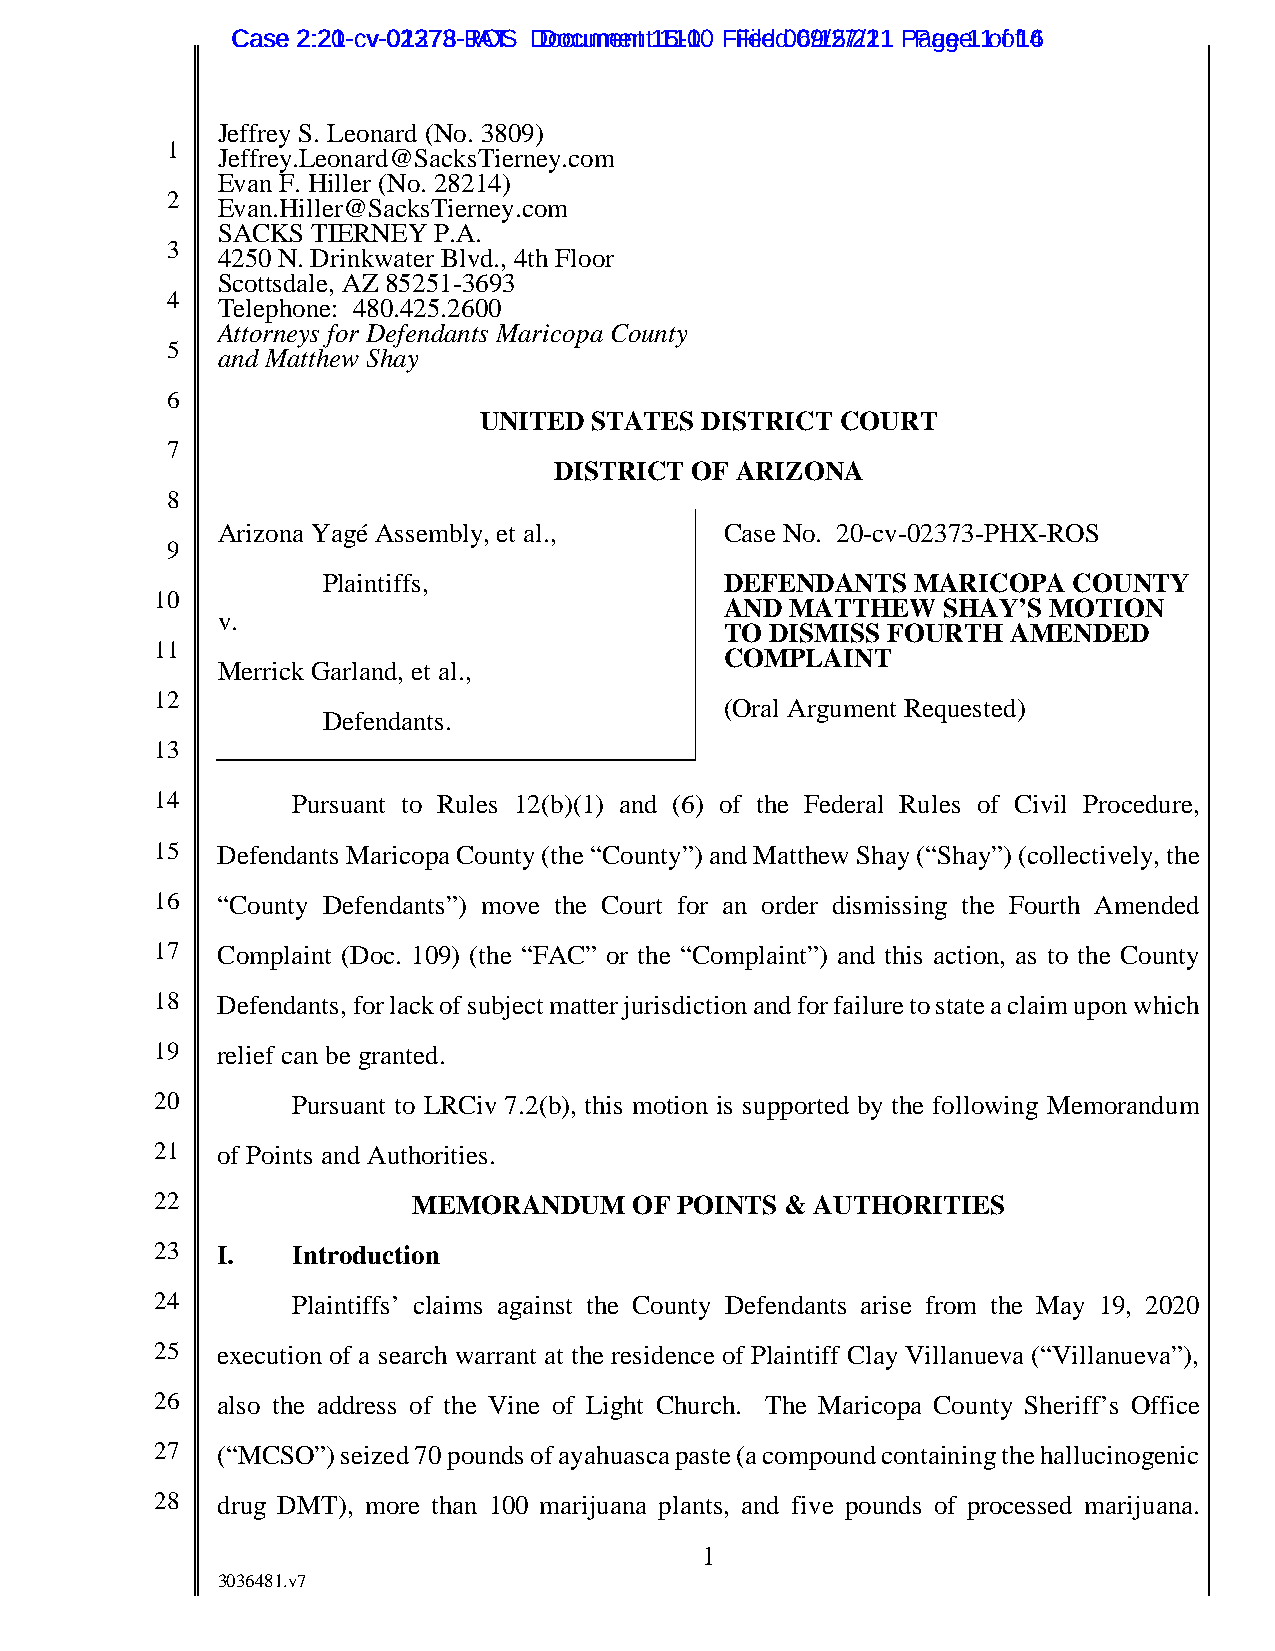
CCaassee 22::2201--ccvv--0021327738--RJAOTS D Dooccuummeennt t1 151-100 F Fileiledd 0 069/1/257/2/211 P Paaggee 1 1 o of f1 46
 Jeffrey S. Leonard (No. 3809)
 1
 Jeffrey.Leonard@SacksTierney.com
 Evan F. Hiller (No. 28214)
 2
 Evan.Hiller@SacksTierney.com
 SACKS  TIERNEY P.A.
 3
 4250 N. Drinkwater Blvd., 4th Floor
 Scottsdale, AZ 85251-3693
 4
 Telephone: 480.425.2600
 Attorneys for Defendants Maricopa County
 5
 and Matthew Shay
 6
 UNITED STATES DISTRICT  COURT
 7
 DISTRICT OF ARIZONA
 8
 Arizona Yagé Assembly, et al.,    Case No. 20-cv-02373-PHX-ROS
 9
 Plaintiffs,                DEFENDANTS   MARICOPA  COUNTY
 10
 AND MATTHEW   SHAY’S MOTION
 v.
 TO DISMISS FOURTH  AMENDED
 11
 COMPLAINT
 Merrick Garland, et al.,
 12
 (Oral Argument Requested)
 Defendants.
 13
 14       Pursuant to Rules 12(b)(1) and (6) of the Federal Rules of Civil Procedure,
 15  Defendants Maricopa County (the “County”) and Matthew Shay (“Shay”) (collectively, the
 16  “County Defendants”) move the Court for an order dismissing the Fourth Amended
 17  Complaint (Doc. 109) (the “FAC” or the “Complaint”) and this action, as to the County
 18  Defendants, for lack of subject matter jurisdiction and for failure to state a claim upon which
 19  relief can be granted.
 20       Pursuant to LRCiv 7.2(b), this motion is supported by the following Memorandum
 21  of Points and Authorities.
 22               MEMORANDUM     OF POINTS & AUTHORITIES
 23  I.   Introduction
 24       Plaintiffs’ claims against the County Defendants arise from the May 19, 2020
 25  execution of a search warrant at the residence of Plaintiff Clay Villanueva (“Villanueva”),
 26  also the address of the Vine of Light Church. The Maricopa County Sheriff’s Office
 27  (“MCSO”) seized 70 pounds of ayahuasca paste (a compound containing the hallucinogenic
 28  drug DMT), more than 100 marijuana plants, and five pounds of processed marijuana.
 1
 3036481.v7